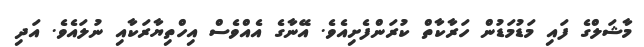
މާޝަލްގެ ފައި މަޑުމަޑުން ހަރާކާތް ކުރަންފެށިއެވެ. އޭނާގެ އެއްވެސް އިހްތިޔާރަކާއި ނުލައެވެ. އަދި